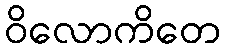
ဝိလောကိတေ